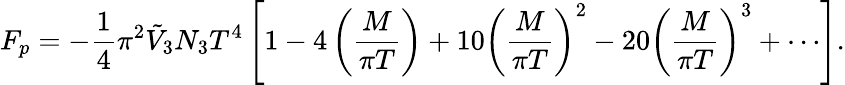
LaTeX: F_{p}=-\frac{1}{4}\pi^{2}\tilde{V}_{3}N_{3}T^{4}\left[1-4\left(\frac{M}{\pi T}\right)+10\left(\frac{M}{\pi T}\right)^{2}-20\left(\frac{M}{\pi T}\right)^{3}+\cdots\right].